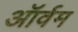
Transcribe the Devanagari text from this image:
ऑर्वम